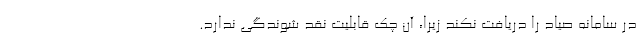
در سامانه صیاد را دریافت نکند زیرا، آن چک قابلیت نقد شوندگی ندارد.